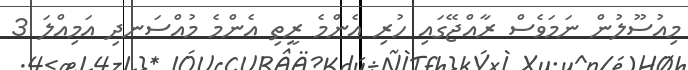
މިއުސޫލުން ނަމަވެސް ރާއްޖޭގައި ހުރި އެންމެ ރީތި އެންމެ މުއްސަނދި އަމިއްލަ 3